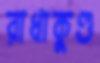
রাধাকুণ্ড